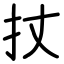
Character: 扙